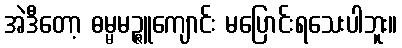
အဲဒီတော့ ဓမ္မမဉ္ဇူကျောင်း မပြောင်းရသေးပါဘူး။